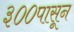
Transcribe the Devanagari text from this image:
३००पासून